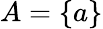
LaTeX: A=\{ a\}